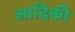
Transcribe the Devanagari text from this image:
आदिकी